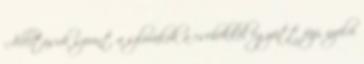
Állításuk szerint a szlovákok a csehekkel együtt faji, nyelvi